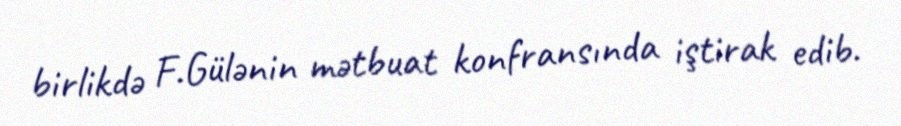
birlikdə F.Gülənin mətbuat konfransında iştirak edib.